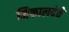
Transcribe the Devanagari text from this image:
निकालदेते